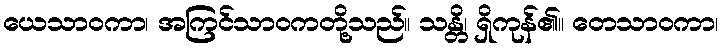
ယေသာဝကာ၊ အကြင်သာဝကတို့သည်။ သန္တိ၊ ရှိကုန်၏။ တေသာဝကာ၊